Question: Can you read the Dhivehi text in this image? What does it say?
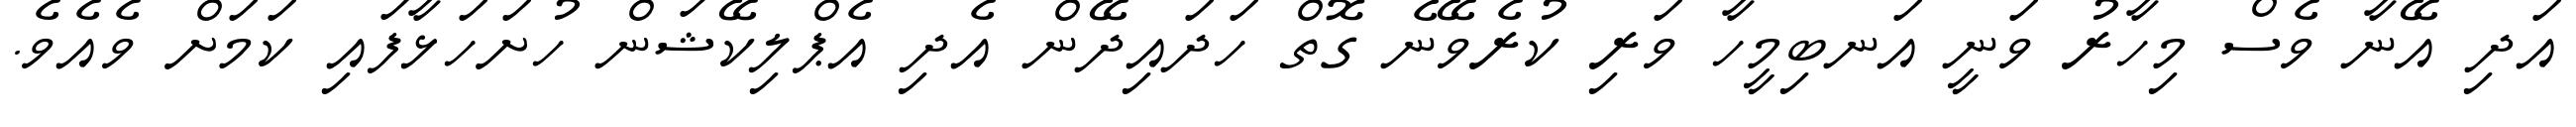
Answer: އަދި އޭނާ ވެސް މިހާރު ވަނީ އަނބިމީހާ ވަރި ކުރެވޭނެ ގޮތް ހަދައިދޭން އެދި އެޕްލިކޭޝަން ހުށަހަޅާފައި ކަމަށް ވެއެވެ.